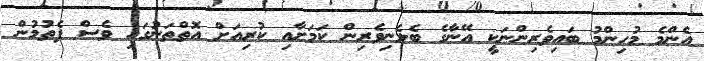
އެންމެ މުހިންމު ބައިވެރިންނަކީ އޭނާގެ ބެލެނިވެރިން ކަމަށާއި ކުރިއަށް އޮތްތަނުގައި ވެސް ފެތުމުން